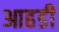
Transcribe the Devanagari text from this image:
आहडी